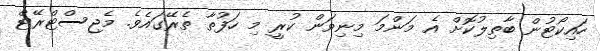
ހައިކޯޓުން ބާތިލުކޮށް އެ މަންމަ މިނިވަން ކުރީ މި ހަފުތާ ތެރޭގައެވެ. މެޖިސްޓްރޭޓް